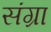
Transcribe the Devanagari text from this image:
संग्रा